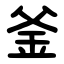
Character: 釜